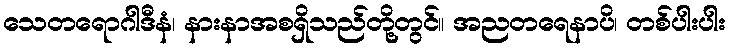
သေတရောဂါဒီနံ၊ နားနာအစရှိသည်တို့တွင်။ အညတရေနာပိ၊ တစ်ပါးပါး